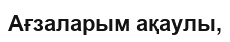
Ағзаларым ақаулы,